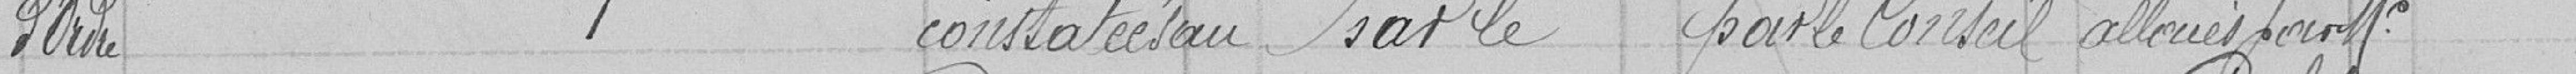
D'ordre constatées au par le  par le Conseil   alloués par Monsieur